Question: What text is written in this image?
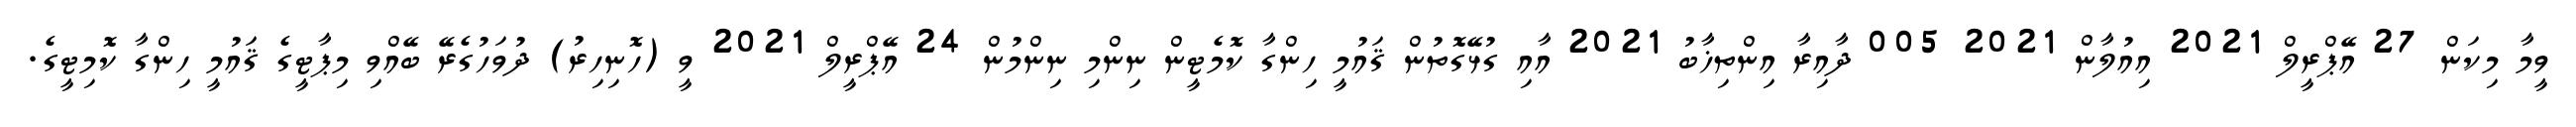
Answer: ވީމާ މިކަން 27 އޭޕްރީލް 2021 އިއުލާން 2021 005 ދާއިރާ އިންތިޚާބު 2021 އާއި ގުޅޭގޮތުން ޤައުމީ ހިންގާ ކޮމެޓީން ނިންމި ނިންމުން 24 އޭޕްރީލް 2021 ވީ (ހޮނިހިރު) ދުވަހުގެރޭ ބޭއްވި މިޕާޓީގެ ޤައުމީ ހިންގާ ކޮމިޓީގެ.